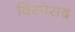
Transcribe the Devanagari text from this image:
विस्पेराद